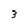
Character: 3